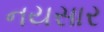
નયસાર